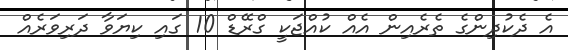
އެ ދެކުދިންގެ ތެރެއިން އެއް ކުއްޖަކީ ގްރޭޑް 10 ގައި ކިޔަވާ ދަރިވަރެއް